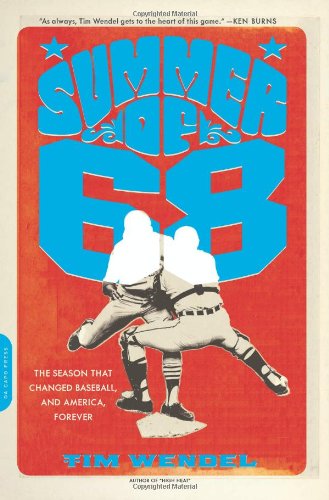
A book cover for Summer of '68: The Season That Changed Baseball--and America--Forever; Tim Wendel; Sports & Outdoors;